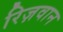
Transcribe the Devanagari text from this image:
रिज़वान